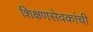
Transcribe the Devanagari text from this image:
शिक्षणसेवकांची